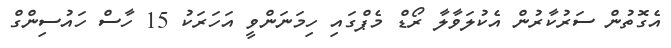
އެގޮތުން ސަރުކާރުން އެކުލަވާލާ ރޯޑް މެޕްގައި ހިމަނަންވީ އަހަރަކު 15 ހާސް ހައުސިންގް